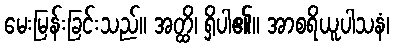
မေးမြန်းခြင်းသည်။ အတ္ထိ၊ ရှိပါ၏။ အာစရိယူပါသနံ၊